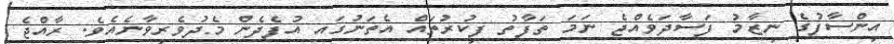
އިންސާފުގެ ނިޒާމު ފަސާދަވެއްޖެ ނަމަ ތަފާތު ފިކުރުތައް އެތަނުގައ އުފެދެން މެދުވެރިވާނެއެވެ. ރާއްޖެ